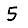
Digit: 5